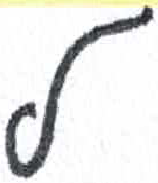
אות: ל